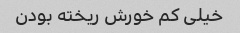
خیلی کم خورش ریخته بودن